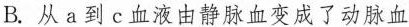
B.从a到c血液由静脉血变成了动脉血